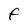
Character: F